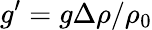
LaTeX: g^{\prime}=g\Delta\rho/\rho_{0}